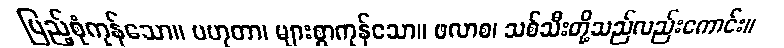
ပြည့်စုံကုန်သော။ ပဟုတာ၊ များစွာကုန်သော။ ဖလာစ၊ သစ်သီးတို့သည်လည်းကောင်း။